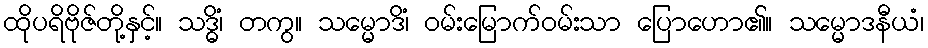
ထိုပရိဗိုဇ်တို့နှင့်။ သဒ္ဓိံ၊ တကွ။ သမ္မောဒိံ၊ ဝမ်းမြောက်ဝမ်းသာ ပြောဟော၏။ သမ္မောဒနီယံ၊